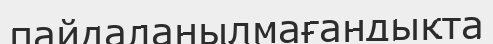
пайдаланылмағандықта